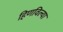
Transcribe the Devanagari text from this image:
हिणविल्या